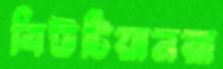
বিউটিয়ানরা